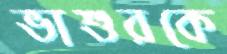
ভাশুরকে